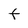
Character: F